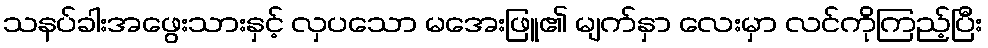
သနပ်ခါးအဖွေးသားနှင့် လှပသော မအေးဖြူ၏ မျက်နှာ လေးမှာ လင်ကိုကြည့်ပြီး